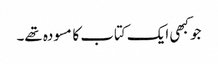
جو کبھی ایک کتاب کا مسودہ تھے۔